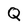
Character: Q